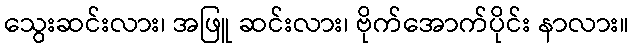
သွေးဆင်းလား၊ အဖြူ ဆင်းလား၊ ဗိုက်အောက်ပိုင်း နာလား။